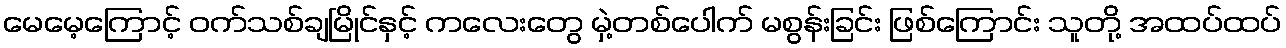
မေမေ့ကြောင့် ဝက်သစ်ချမြိုင်နှင့် ကလေးတွေ မှဲ့တစ်ပေါက် မစွန်းခြင်း ဖြစ်ကြောင်း သူတို့ အထပ်ထပ်